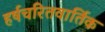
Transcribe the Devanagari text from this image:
हर्षचरितवार्तिक